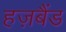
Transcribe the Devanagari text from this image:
हज़बैंड